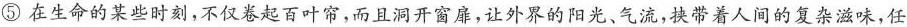
⑤在生命的某些时刻，不仅卷起百叶帘，而且洞开窗扉，让外界的阳光、气流，挟带着人间的复杂滋味，任